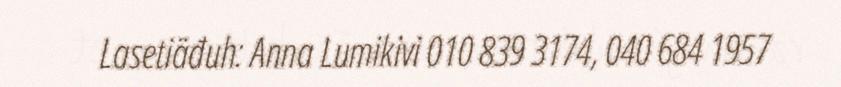
Lasetiäđuh: Anna Lumikivi 010 839 3174, 040 684 1957